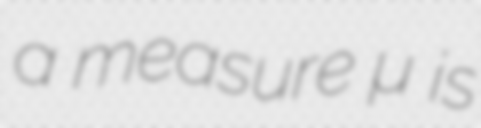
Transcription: a measure μ is